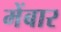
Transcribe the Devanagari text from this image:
मेंबार